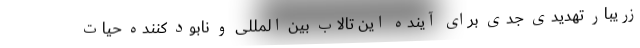
زریبار تهدیدی جدی برای آینده این تالاب بین المللی و نابود کننده حیات